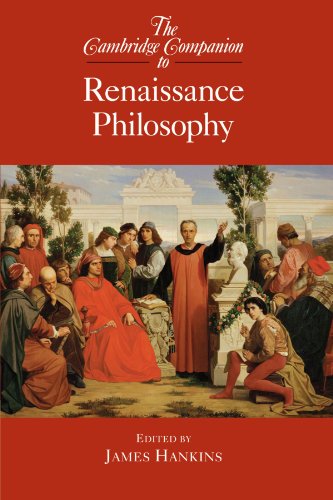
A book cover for The Cambridge Companion to Renaissance Philosophy (Cambridge Companions to Philosophy); Politics & Social Sciences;